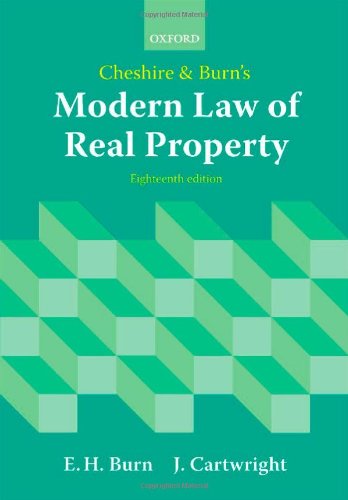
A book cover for Cheshire and Burn's Modern Law of Real Property; Edward Burn; Law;